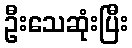
ဦးသေဆုံးပြီး